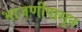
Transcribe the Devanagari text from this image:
भाजणीपासून